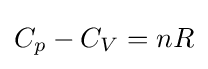
C_{p}-C_{V}=nR